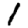
Digit: 1